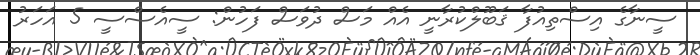
ސީނާގެ އިސްތިއުފާ ޤަބޫލްކުރާނީ އެއް މަސް ދުވަސް ފަހުން: ސީއެސްސީ 5 އަހަރު